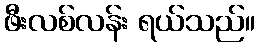
ဖီးလစ်လန်း ရယ်သည်။